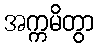
အက္ကမိတွာ